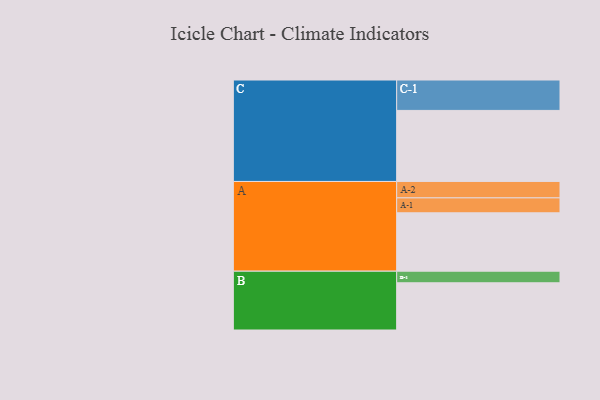
{"axis": {"x": "Segment", "y": "Value"}, "legend": ["", "A", "B", "C"], "data": [{"x": "A", "y": 434, "type": ""}, {"x": "B", "y": 351, "type": ""}, {"x": "C", "y": 528, "type": ""}, {"x": "A-1", "y": 111, "type": "A"}, {"x": "A-2", "y": 122, "type": "A"}, {"x": "B-1", "y": 86, "type": "B"}, {"x": "C-1", "y": 226, "type": "C"}]}